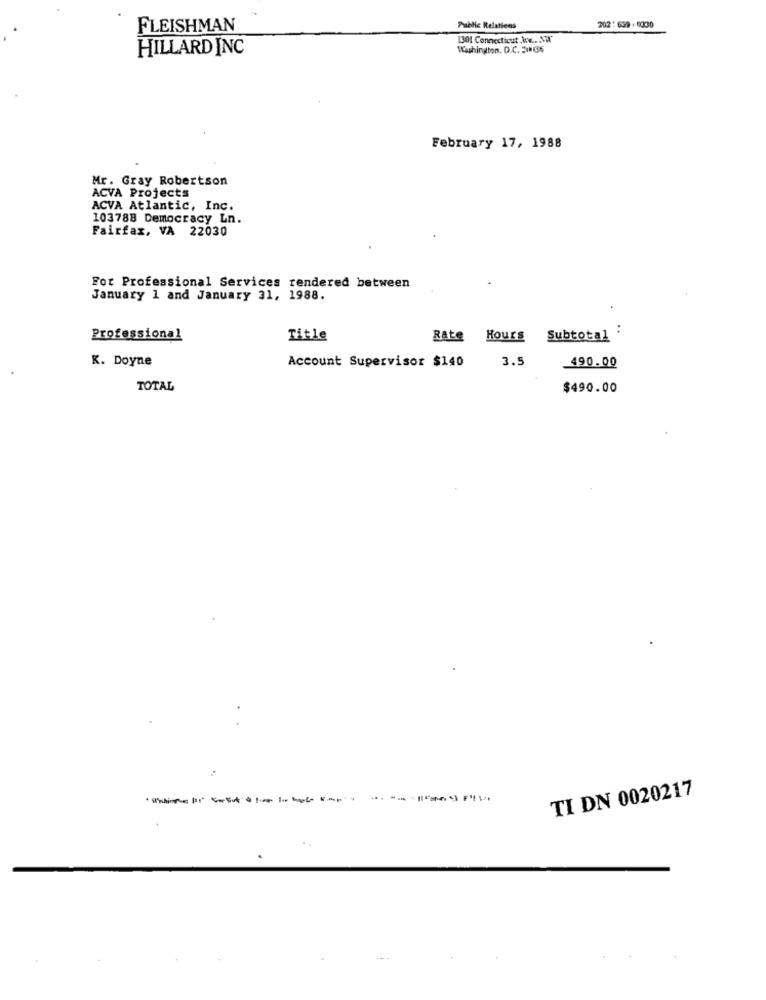
FLEISHMAN
Public Relations
202 :639-6330
1301 Connecticut .We .. . NA"
HILLARD INC
Washington, D.C. 205
February 17, 1988
Mr. Gray Robertson
ACVA Projects
ACVA Atlantic, Inc.
103788 Democracy Ln.
Fairfax, VA 22030
For Professional Services rendered between
January 1 and January 31, 1988.
Professional
Title
Rate Hours Subtotal
K. Doyne
Account Supervisor $140
3.5
490.00
TOTAL
$490.00
TI DN 0020217
---